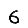
Digit: 6